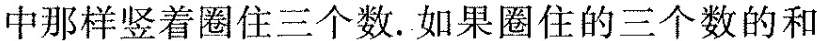
中那样竖着圈住三个数。如果圈住的三个数的和